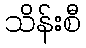
သိန်းစီ